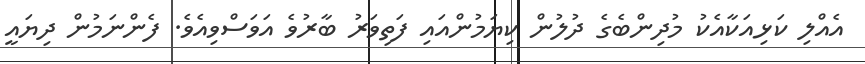
އެއްލި ކަޅިއަކާއެކު މުދިންބެގެ ދުލުން ކިޔަމުންއައި ފަތިވަރު ބާރުވެ އަވަސްވިއެވެ. ފެންނަމުން ދިޔައީ